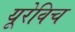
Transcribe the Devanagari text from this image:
यूरेविच